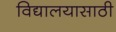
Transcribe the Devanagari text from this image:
विद्यालयासाठी